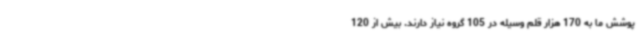
پوشش ما به 170 هزار قلم وسیله در 105 گروه نیاز دارند. بیش از 120